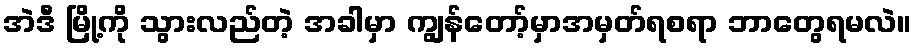
အဲဒီ မြို့ကို သွားလည်တဲ့ အခါမှာ ကျွန်တော့်မှာအမှတ်ရစရာ ဘာတွေရမလဲ။